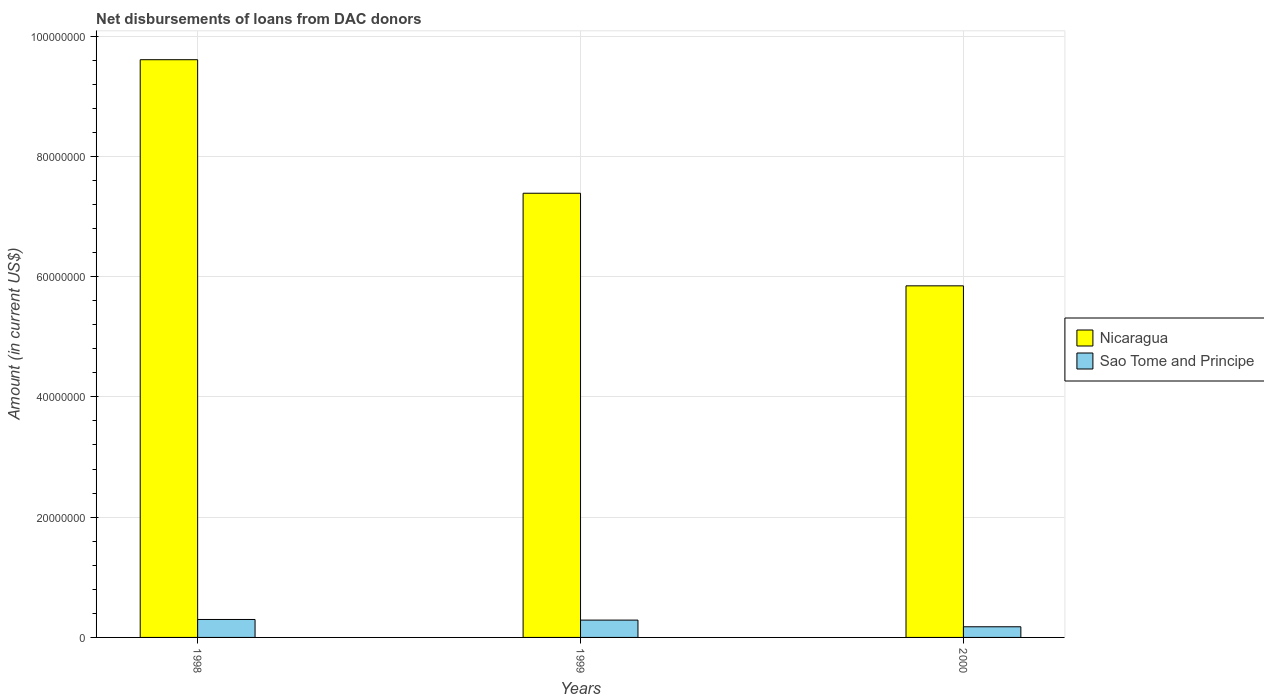
| Years | Nicaragua | Sao Tome and Principe |
 | --- | --- | --- |
 | 1998 | 9.61e+07 | 2.98e+06 |
 | 1999 | 7.39e+07 | 2.88e+06 |
 | 2000 | 5.85e+07 | 1.77e+06 |